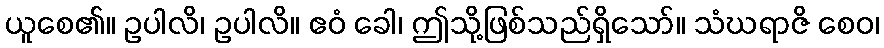
ယူစေ၏။ ဥပါလိ၊ ဥပါလိ။ ဧဝံ ခေါ၊ ဤသို့ဖြစ်သည်ရှိသော်။ သံဃရာဇိ စေဝ၊